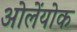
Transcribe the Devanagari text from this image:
ओलेंयोक